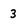
Character: 3